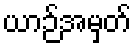
ယာဉ်အမှတ်